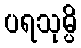
ပရသုမ္ပိ